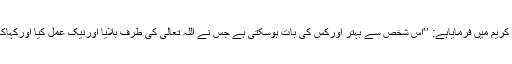
اللہ تعالیٰ نے قرآن کریم میں فرمایاہے: ’’اس شخص سے بہتر اورکس کی بات ہوسکتی ہے جس نے اللہ تعالیٰ کی طرف بلایا اورنیک عمل کیا اورکہاکہ میں مسلمان ہوں۔